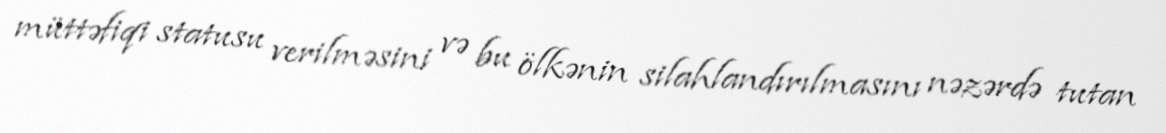
müttəfiqi statusu verilməsini və bu ölkənin silahlandırılmasını nəzərdə tutan